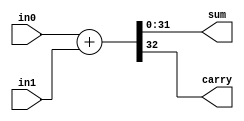
module adder # (parameter N = 32) (
    input [N-1:0] in0, in1,
    output [N-1:0] sum,
    output wire carry
);

    assign {carry, sum} = in0 + in1;
endmodule